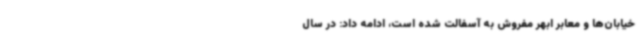
خیابان‌ها و معابر ابهر مفروش به آسفالت شده است، ادامه داد: در سال